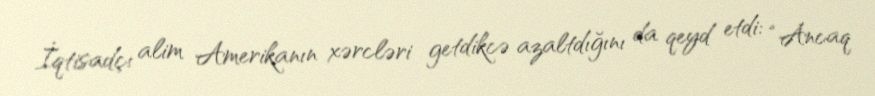
İqtisadçı alim Amerikanın xərcləri getdikcə azaltdığını da qeyd etdi: “Ancaq